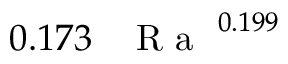
0 . 1 7 3 \, \mathrm { ~ \textit ~ { ~ R ~ a ~ } ~ } ^ { 0 . 1 9 9 }